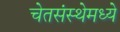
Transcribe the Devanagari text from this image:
चेतसंस्थेमध्ये